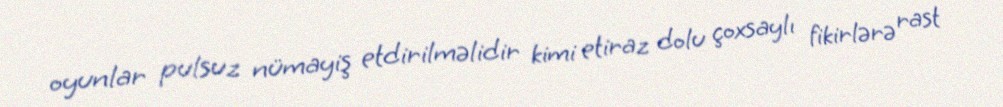
oyunlar pulsuz nümayiş etdirilməlidir kimi etiraz dolu çoxsaylı fikirlərə rast